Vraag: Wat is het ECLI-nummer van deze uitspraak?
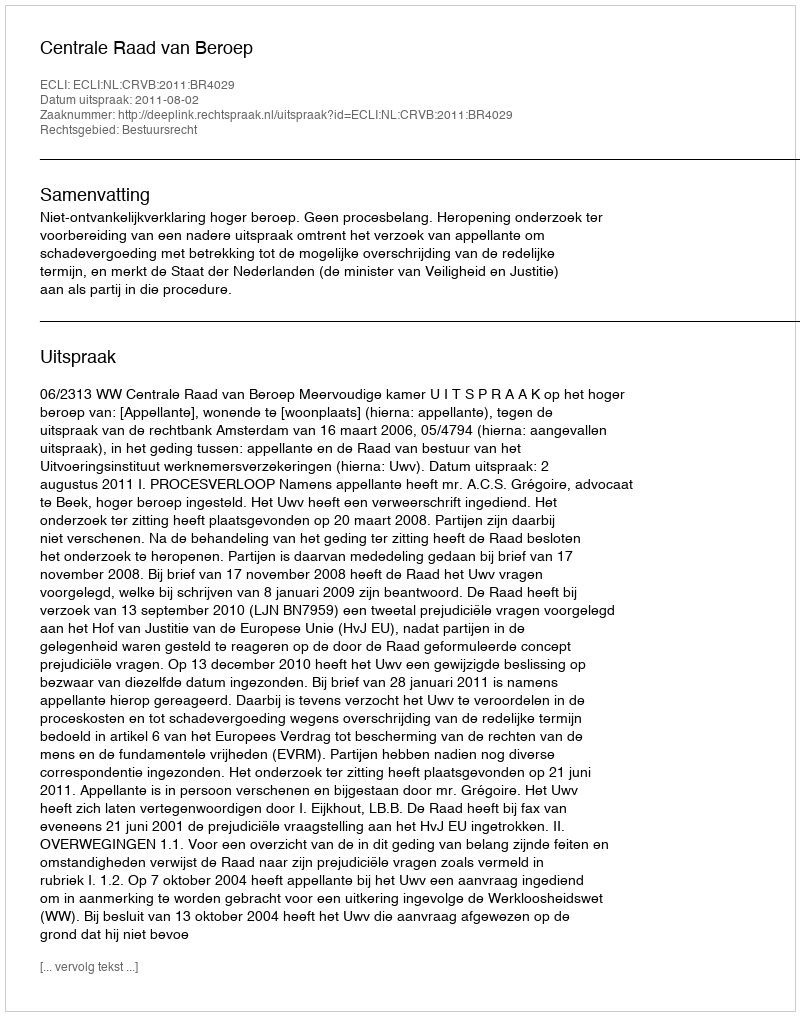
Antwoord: ECLI:NL:CRVB:2011:BR4029